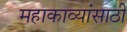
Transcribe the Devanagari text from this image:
महाकाव्यांसाठी